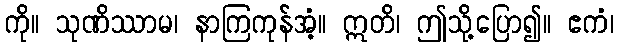
ကို။ သုဏိဿာမ၊ နာကြကုန်အံ့။ ဣတိ၊ ဤသို့ပြော၍။ ဧကံ၊